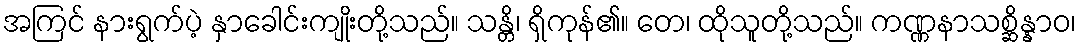
အကြင် နားရွက်ပဲ့ နှာခေါင်းကျိုးတို့သည်။ သန္တိ၊ ရှိကုန်၏။ တေ၊ ထိုသူတို့သည်။ ကဏ္ဏနာသစ္ဆိန္နာဝ၊